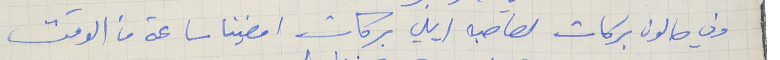
وفي صالون بركات لصاحبه ايلي بركات امضينا ساعة من الوقت